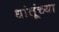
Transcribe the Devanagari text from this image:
धांतूंच्या